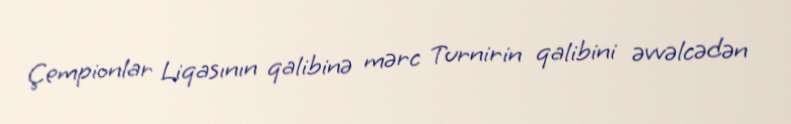
Çempionlar Liqasının qalibinə mərc Turnirin qalibini əvvəlcədən